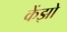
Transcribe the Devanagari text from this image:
केंझो